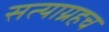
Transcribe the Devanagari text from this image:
सत्याग्रहच